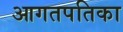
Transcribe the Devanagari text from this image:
आगतपतिका